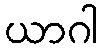
ယာဂါ